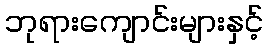
ဘုရားကျောင်းများနှင့်